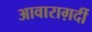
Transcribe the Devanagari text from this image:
आवाराग़र्दी